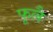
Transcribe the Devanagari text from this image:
फूलै